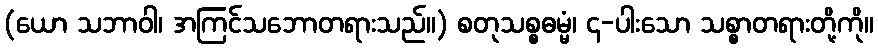
(ယော သဘာဝါ၊ အကြင်သဘောတရားသည်။) စတုသစ္စဓမ္မံ၊ ၄-ပါးသော သစ္စာတရားတို့ကို။